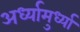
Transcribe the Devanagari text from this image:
अर्ध्यामुर्ध्या